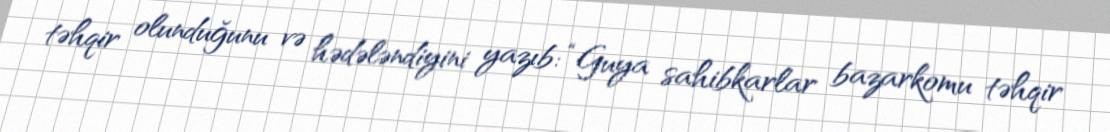
təhqir olunduğunu və hədələndiyini yazıb: “Guya sahibkarlar bazarkomu təhqir